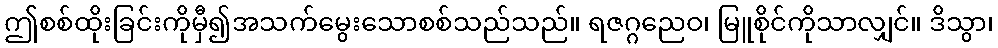
ဤစစ်ထိုးခြင်းကိုမှီ၍အသက်မွေးသောစစ်သည်သည်။ ရဇဂ္ဂညေဝ၊ မြူစိုင်ကိုသာလျှင်။ ဒိသွာ၊